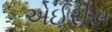
એઈરીસ